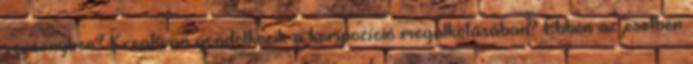
versenyben? Kreatívan gondolkozik a kompozíció megalkotásában? Ebben az esetben